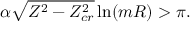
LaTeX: \alpha \sqrt { Z ^ { 2 } - Z _ { c r } ^ { 2 } } \ln ( m R ) > \pi .